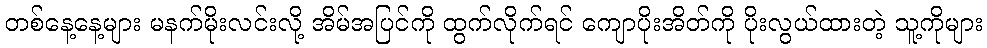
တစ်နေ့နေ့များ မနက်မိုးလင်းလို့ အိမ်အပြင်ကို ထွက်လိုက်ရင် ကျောပိုးအိတ်ကို ပိုးလွယ်ထားတဲ့ သူ့ကိုများ